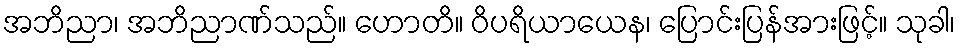
အဘိညာ၊ အဘိညာဏ်သည်။ ဟောတိ။ ဝိပရိယာယေန၊ ပြောင်းပြန်အားဖြင့်။ သုခါ၊